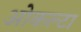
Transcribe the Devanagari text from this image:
ओकल्टा